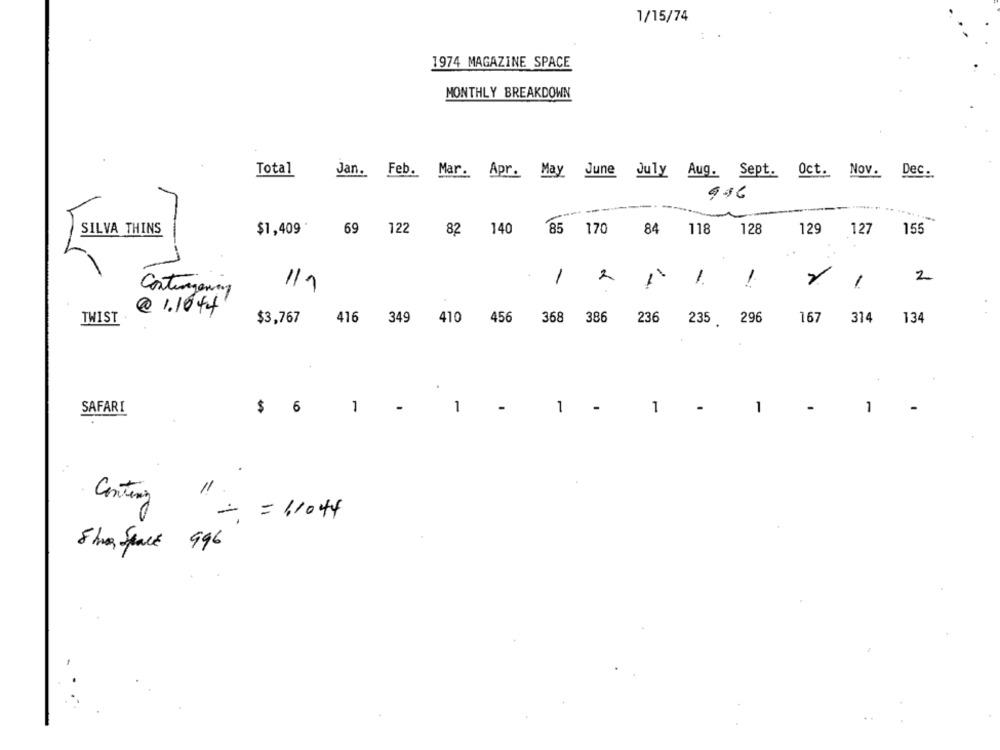
1/15/74
1974 MAGAZINE SPACE
MONTHLY BREAKDOWN
Total
Jan.
Feb. Mar. Apr. May June July Aug. Sept. Oct. Nov. Dec.
996
SILVA THINS
$1,409
69 122
82 140 85 170 84
118
128
129
127
155
2
1
2
-
1
1
Contingency
1/1
@ 1.1044
TWIST
$3,767
416 349 410 456 368 386
236 235 296
167
314
134
SAFARI
$ 6
1
-
1
-
1
1
1
1
= = 1,1044
8 hua Space 996